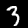
Digit: 3